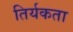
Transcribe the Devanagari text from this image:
तिर्यकता